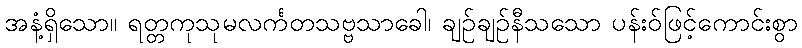
အနံ့ရှိသော။ ရတ္တကုသုမလင်္ကတသဗ္ဗသာခေါ၊ ချဉ်ချဉ်နီသသော ပန်းဝ်ဖြင့်ကောင်းစွာ